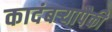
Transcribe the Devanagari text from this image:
कादंबऱ्यापैकी